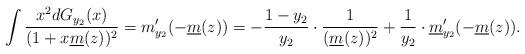
LaTeX: \begin{align*}\int\frac{x^2dG_{y_2}(x)}{(1+x\underline{m}(z))^2}=m'_{y_2}(-\underline{m}(z))=-\frac{1-y_2}{y_2}\cdot\frac{1}{(\underline{m}(z))^2}+\frac{1}{y_2}\cdot\underline{m}'_{y_2}(-\underline{m}(z)).\end{align*}